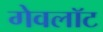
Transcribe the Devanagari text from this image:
गेवलॉट